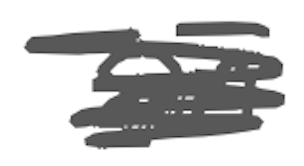
Text: an
Cross-out: scratch
Writing tool: digital_gray